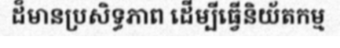
ដ៏មានប្រសិទ្ធភាព ដើម្បីធ្វើនិយ័តកម្ម